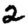
Digit: 2